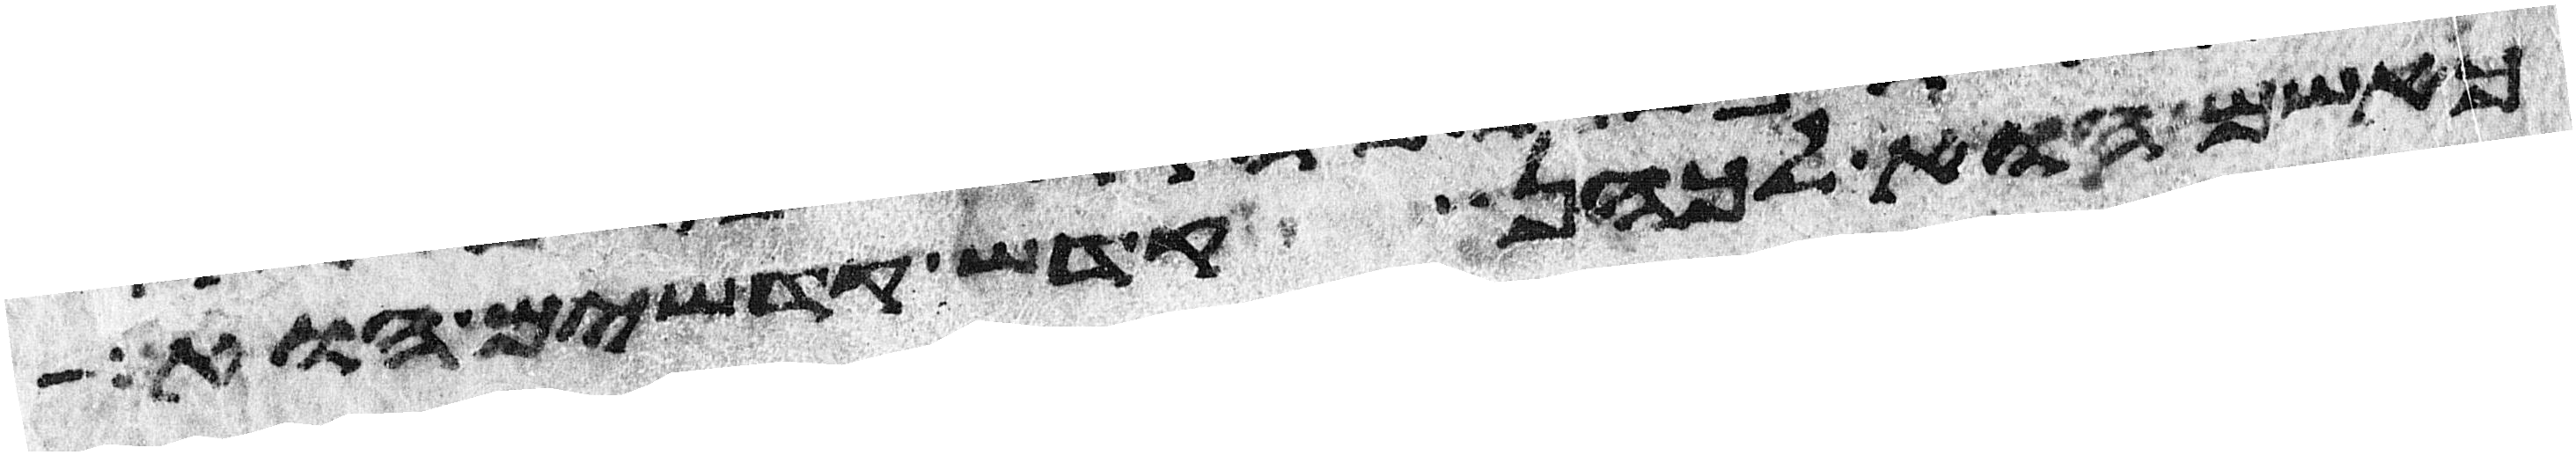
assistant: כאשם הוא לכהן קדש קדשים הוא